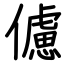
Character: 儢